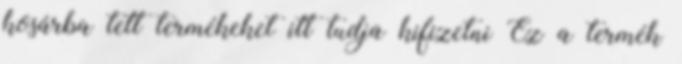
kosárba tett termékeket itt tudja kifizetni Ez a termék